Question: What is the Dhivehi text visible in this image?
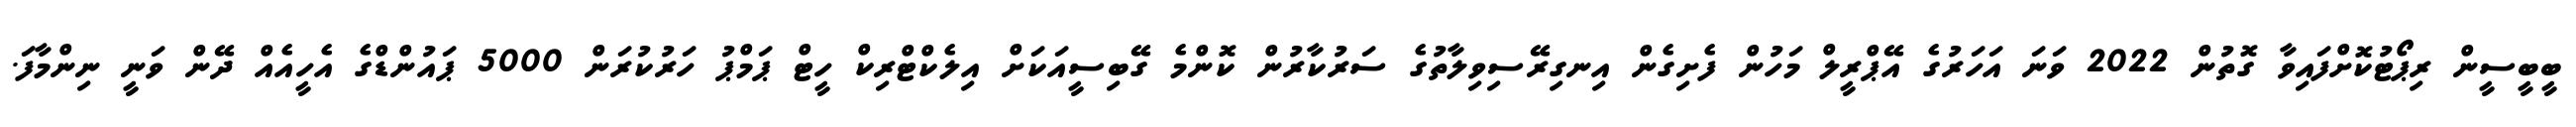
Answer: ބީބީސީން ރިޕޯޓުކޮށްފައިވާ ގޮތުން 2022 ވަނަ އަހަރުގެ އޭޕްރީލް މަހުން ފެށިގެން އިނގިރޭސިވިލާތުގެ ސަރުކާރުން ކޮންމެ ގޭބިސީއަކަށް އިލެކްޓްރިކް ހީޓް ޕަމްޕު ހަރުކުރަން 5000 ޕައުންޑްގެ އެހީއެއް ދޭން ވަނީ ނިންމާފަ.